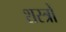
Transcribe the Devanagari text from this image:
शस्‍त्रों